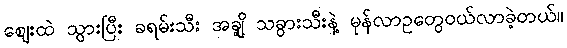
ဈေးထဲ သွားပြီး ခရမ်းသီး အချို့ သခွားသီးနဲ့ မုန်လာဥတွေဝယ်လာခဲ့တယ်။